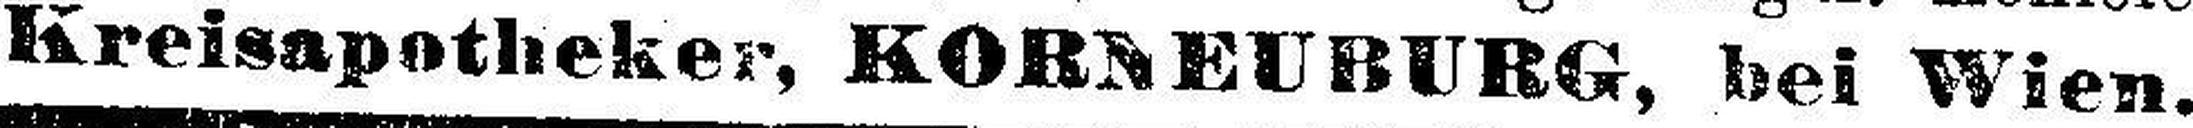
Kreisapotheker, KORNEUBURG, bei Wien.